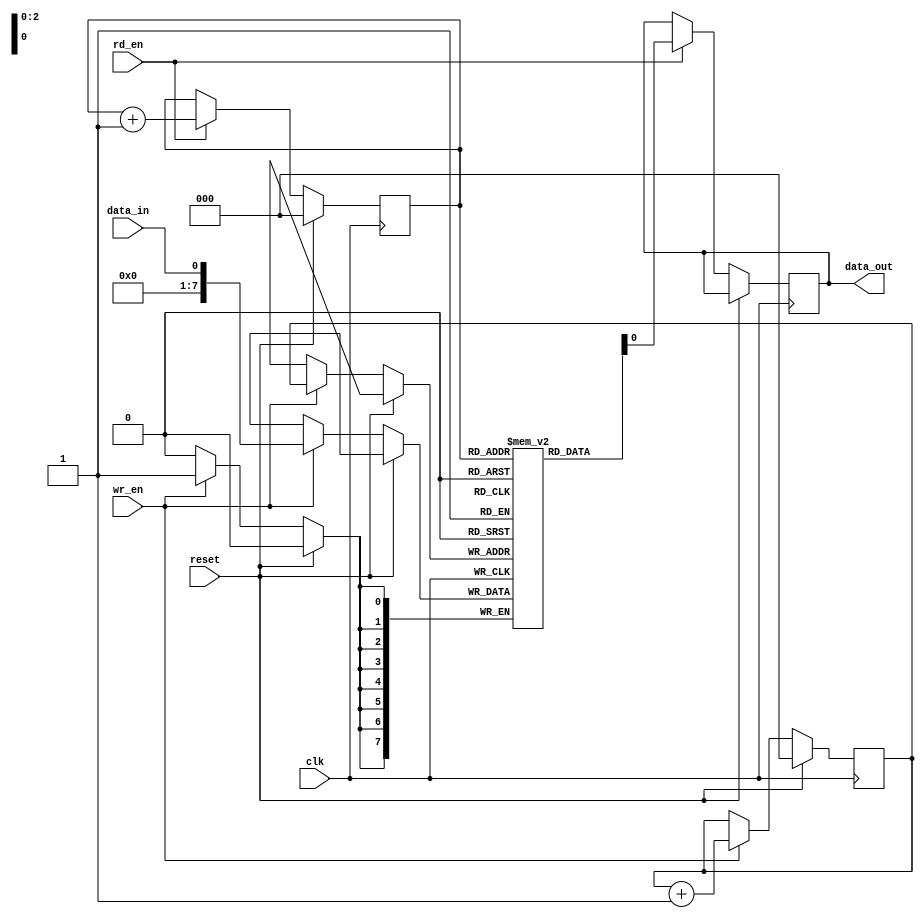
module gray_fifo(
  input clk,           // Clock input
  input reset,         // Reset input
  input data_in,       // Data input
  input wr_en,         // Write enable input
  input rd_en,         // Read enable input
  output reg data_out  // Data output
);

reg [7:0] fifo_memory [0:7];   // FIFO memory with 8 entries
reg [2:0] gray_counter;        // Gray code counter
reg [2:0] write_pointer;       // Write pointer
reg [2:0] read_pointer;        // Read pointer

// Write operation
always @(posedge clk) begin
  if (reset) begin
    write_pointer <= 3'b000;
  end else if (wr_en) begin
    fifo_memory[write_pointer] <= data_in;
    write_pointer <= write_pointer + 1;
  end
end

// Read operation
always @(posedge clk) begin
  if (reset) begin
    read_pointer <= 3'b000;
  end else if (rd_en) begin
    data_out <= fifo_memory[read_pointer];
    read_pointer <= read_pointer + 1;
  end
end

// Gray code counter
always @(posedge clk) begin
  if (reset) begin
    gray_counter <= 3'b000;
  end else begin
    gray_counter <= gray_counter + 3'b001;
  end
end

endmodule